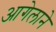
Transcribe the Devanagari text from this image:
आगेलाने